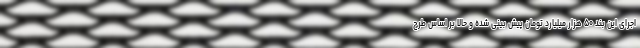
اجرای این بند ۵۰ هزار میلیارد تومان پیش بینی شده و حالا بر اساس طرح